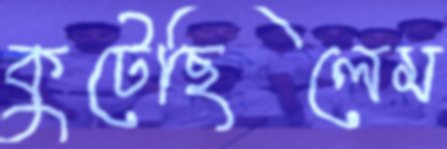
কুটেছিলেম